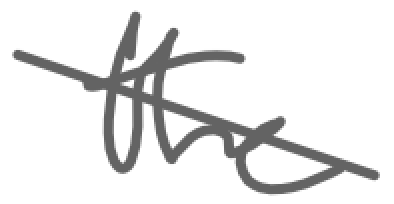
Text: the
Cross-out: diagonal
Writing tool: digital_gray